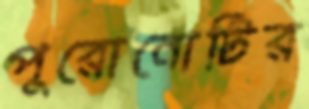
পুরোনোটির